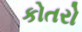
કોતરો